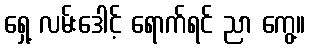
ရှေ့ လမ်းဒေါင့် ရောက်ရင် ညာ ကွေ့။